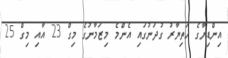
އިންޑިޔާގެ ހަތިޔާރު ގުދަނުގައި އެންމެ މިޒަމާނުގެ މިގް 23 އާއި މިގް 25